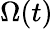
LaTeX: \Omega(t)